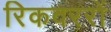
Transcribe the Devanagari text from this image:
रिकवररों